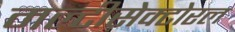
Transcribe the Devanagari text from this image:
मल्टीसेक्टोरल